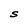
Character: S